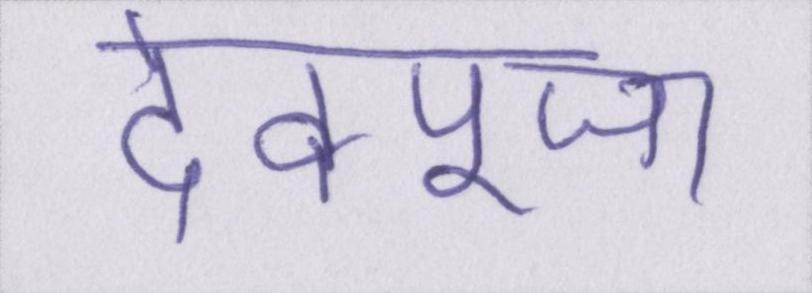
देवपूजा